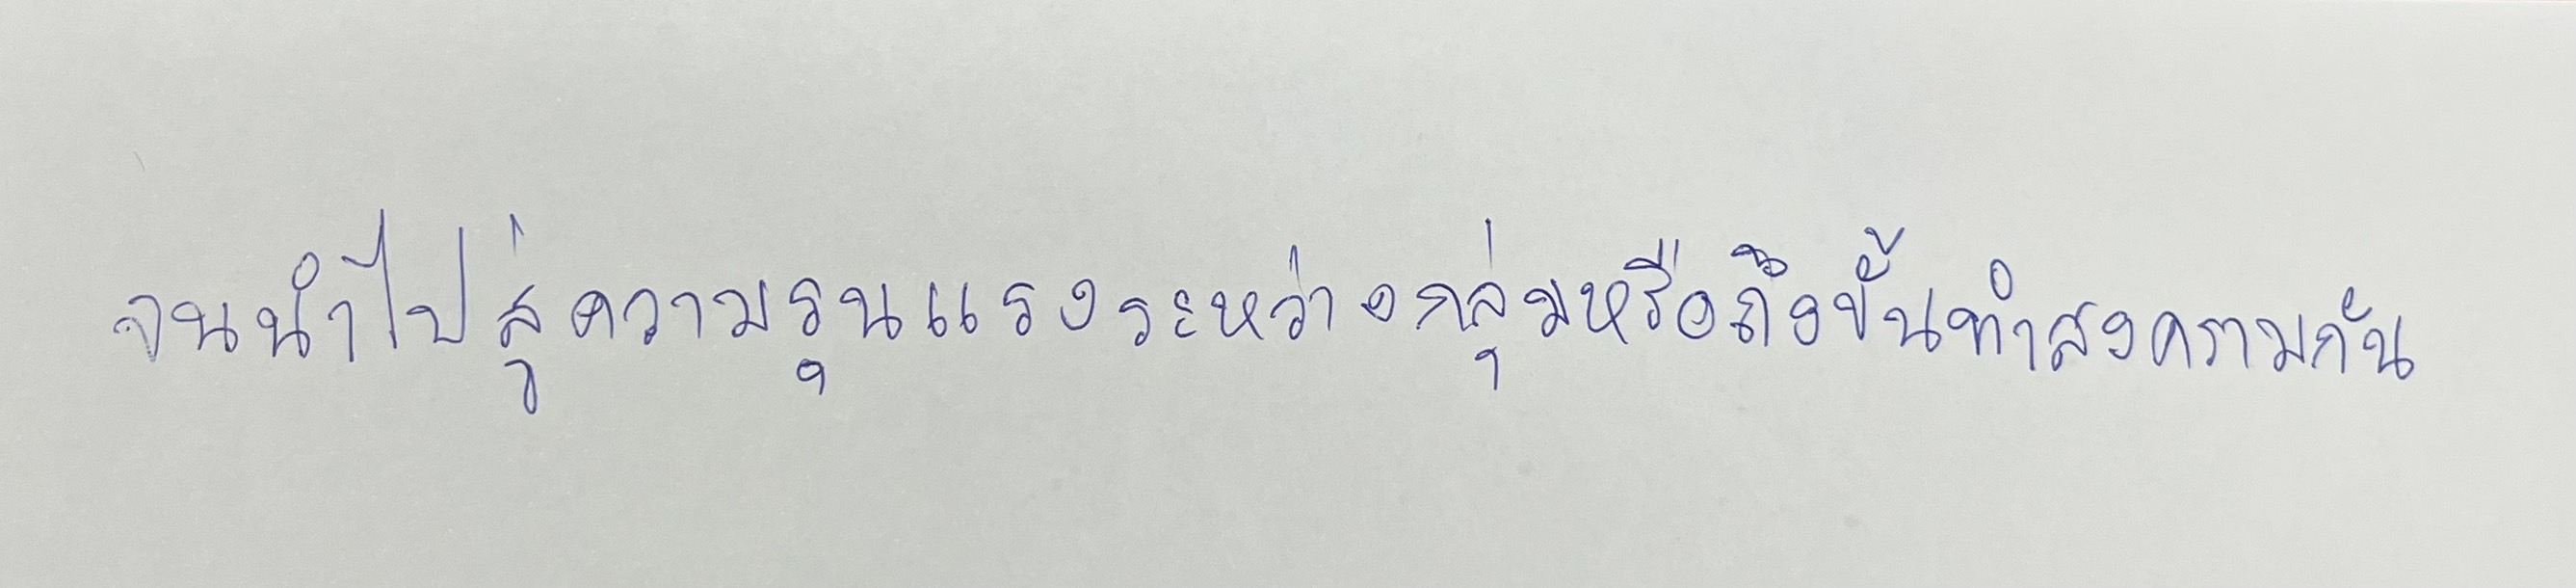
จนนำไปสู่ความรุนแรงระหว่างกลุ่มหรือถึงขั้นทำสงครามกัน